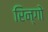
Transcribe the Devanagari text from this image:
रिन्गो